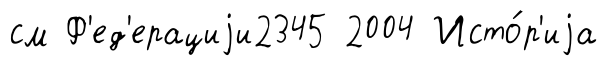
см Ф'ед'ерациjи2345 2004 Исто́р'иjа